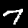
Digit: 7